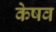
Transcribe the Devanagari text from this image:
केषव